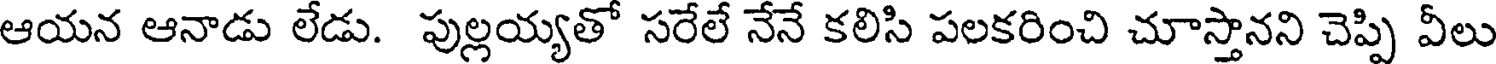
ఆయన ఆనాడు లేడు. పుల్లయ్యతో సరేలే నేనే కలిసి పలకరించి చూస్తానని చెప్పి వీలు